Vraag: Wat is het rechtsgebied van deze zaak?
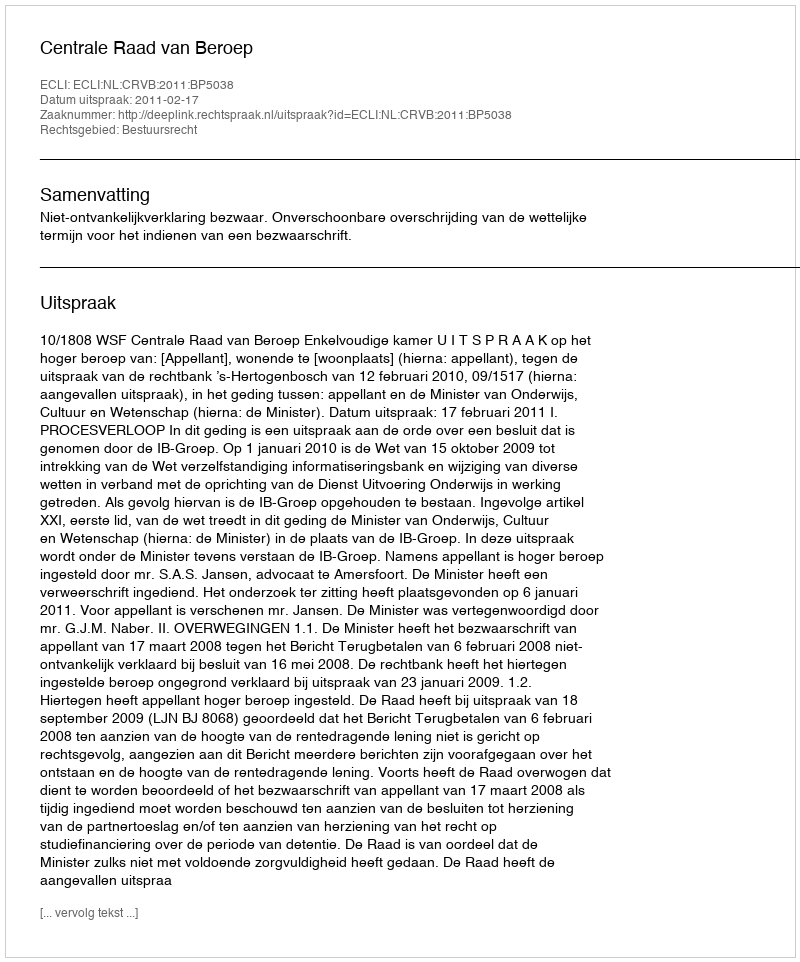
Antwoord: Bestuursrecht